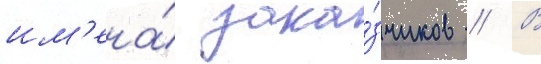
им'ена́ зака́зчиков // В